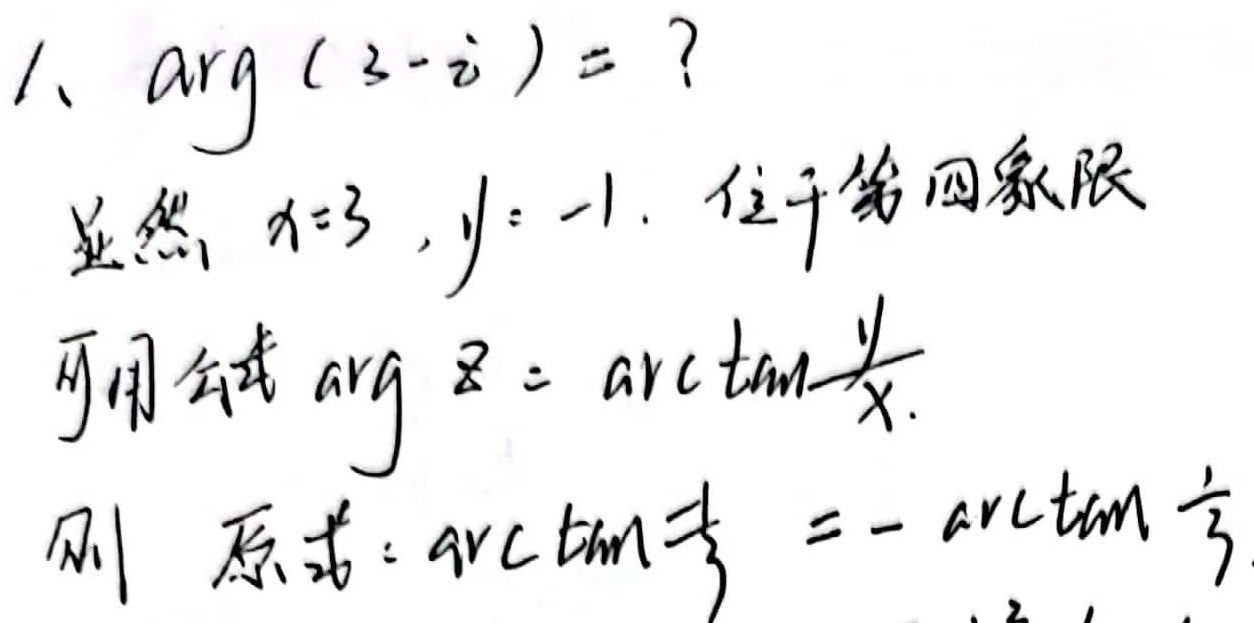
1、\(\arg(3 - i)=?\)
显然，\(x = 3\)，\(y = -1\)，位于第四象限，可用公式\(\arg z=\arctan\frac{y}{x}\)。
则原式\(=\arctan\frac{-1}{3}=-\arctan\frac{1}{3}\)。